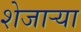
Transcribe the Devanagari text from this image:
शेजाऱ्या